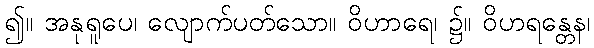
၍။ အနုရူပေ၊ လျောက်ပတ်သော။ ဝိဟာရေ၊ ၌။ ဝိဟရန္တေန၊